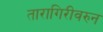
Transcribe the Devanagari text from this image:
तारागिरीवरुन